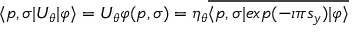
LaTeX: \langle p , \sigma | U _ { \theta } | \varphi \rangle = U _ { \theta } \varphi ( p , \sigma ) = \eta _ { \theta } \overline { { { \langle p , \sigma | e x p ( - \imath \pi s _ { y } ) | \varphi \rangle } } }